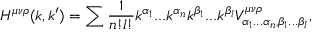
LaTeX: H ^ { \mu \nu \rho } ( k , k ^ { \prime } ) = \sum \frac { 1 } { n ! l ! } k ^ { \alpha _ { 1 } } . . . k ^ { \alpha _ { n } } k ^ { \beta _ { 1 } } . . . k ^ { \beta _ { l } } V _ { \alpha _ { 1 } . . . \alpha _ { n } , \beta _ { 1 } . . . \beta _ { l } } ^ { \mu \nu \rho } ,